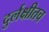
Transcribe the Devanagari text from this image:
दुर्लक्षीतच